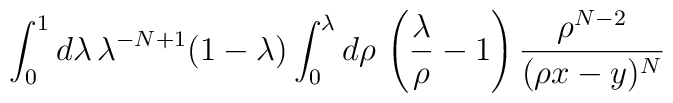
\int_0^1 d\lambda \, \lambda^{-N+1}(1-\lambda) \int_0^\lambda  d\rho \, \left( \frac{\lambda}{\rho} - 1 \right)  \frac{\rho^{N-2}}{(\rho x - y)^N}